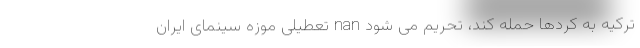
ترکیه به کردها حمله کند، تحریم می شود nan تعطیلی موزه سینمای ایران